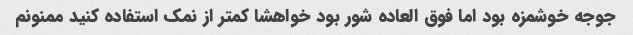
جوجه خوشمزه بود اما فوق العاده شور بود خواهشا کمتر از نمک استفاده کنید ممنونم